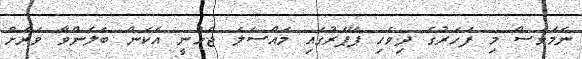
ނަމަވެސް މި ފަހަރުގެ ދިވެހި ޕޭޕަރުގައި މައްސަލަ ޖެހުނީ އެކަން ބަލަންވާ ވަރަށް